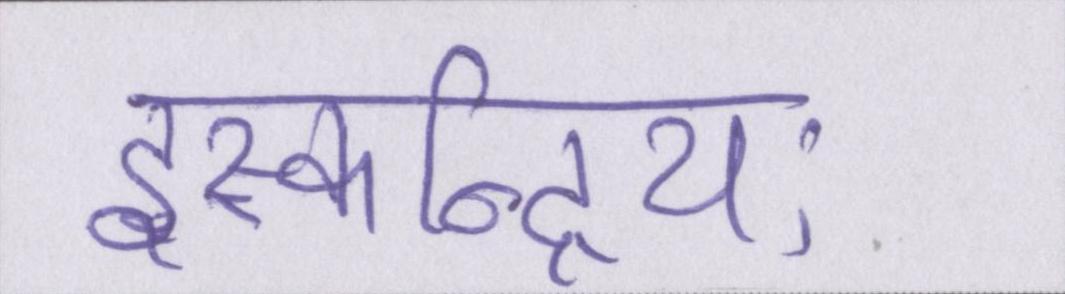
इस्कन्द्रियः